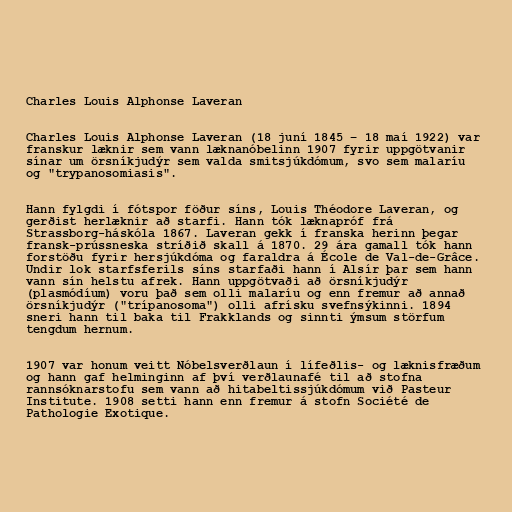
Charles Louis Alphonse Laveran

Charles Louis Alphonse Laveran (18 juní 1845 – 18 maí 1922) var
franskur læknir sem vann læknanóbelinn 1907 fyrir uppgötvanir
sínar um örsníkjudýr sem valda smitsjúkdómum, svo sem malaríu
og "trypanosomiasis".

Hann fylgdi í fótspor föður síns, Louis Théodore Laveran, og
gerðist herlæknir að starfi. Hann tók læknapróf frá
Strassborg-háskóla 1867. Laveran gekk í franska herinn þegar
fransk-prússneska stríðið skall á 1870. 29 ára gamall tók hann
forstöðu fyrir hersjúkdóma og faraldra á École de Val-de-Grâce.
Undir lok starfsferils síns starfaði hann í Alsír þar sem hann
vann sín helstu afrek. Hann uppgötvaði að örsníkjudýr
(plasmódíum) voru það sem olli malaríu og enn fremur að annað
örsníkjudýr ("trípanosoma") olli afrísku svefnsýkinni. 1894
sneri hann til baka til Frakklands og sinnti ýmsum störfum
tengdum hernum.

1907 var honum veitt Nóbelsverðlaun í lífeðlis- og læknisfræðum
og hann gaf helminginn af því verðlaunafé til að stofna
rannsóknarstofu sem vann að hitabeltissjúkdómum við Pasteur
Institute. 1908 setti hann enn fremur á stofn Société de
Pathologie Exotique.